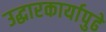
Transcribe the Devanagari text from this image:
उद्धारकार्यापुढे